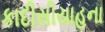
કાદીસીયાહના